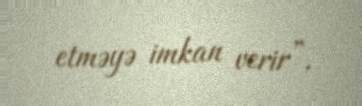
etməyə imkan verir”.